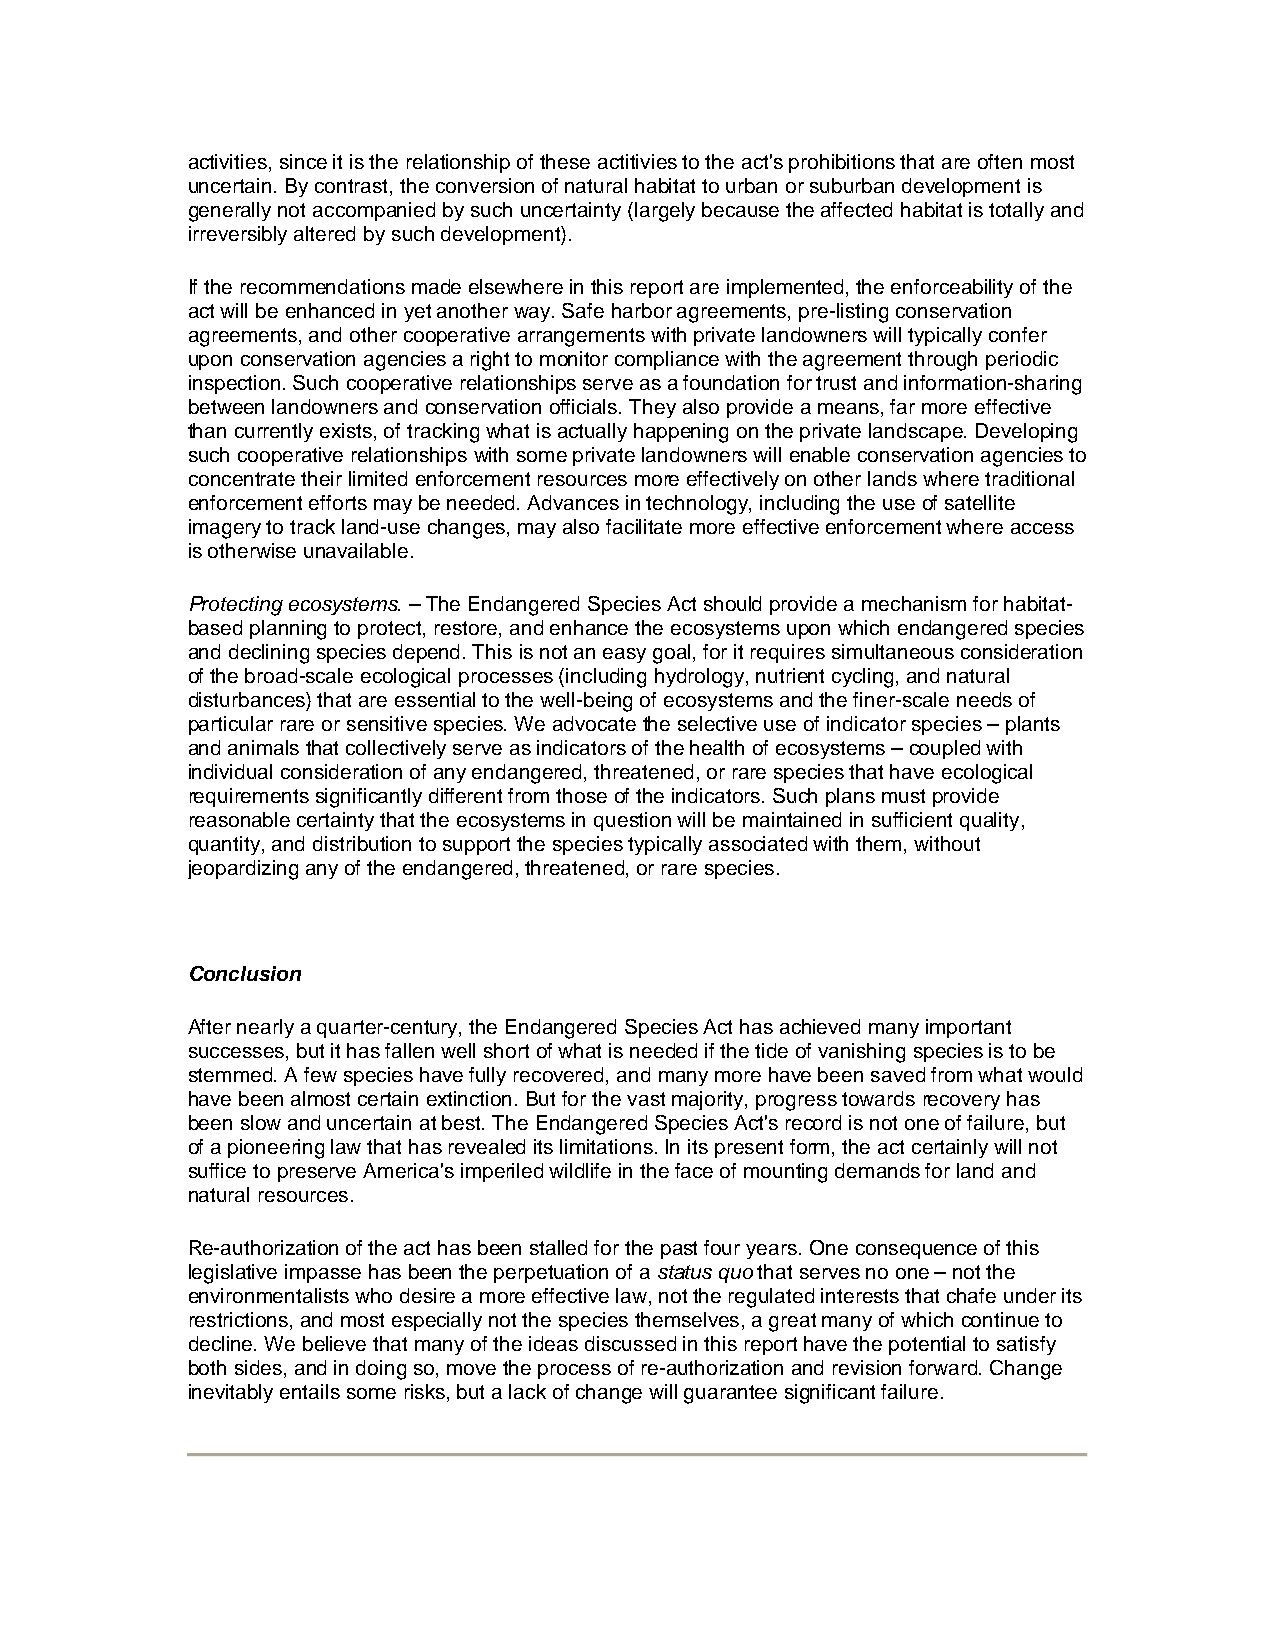
activities, since it is the relationship of these actitivies to the act's prohibitions that are often most
 uncertain. By contrast, the conversion of natural habitat to urban or suburban development is
 generally not accompanied by such uncertainty (largely because the affected habitat is totally and
 irreversibly altered by such development).
 If the recommendations made elsewhere in this report are implemented, the enforceability of the
 act will be enhanced in yet another way. Safe harbor agreements, pre-listing conservation
 agreements, and other cooperative arrangements with private landowners will typically confer
 upon conservation agencies a right to monitor compliance with the agreement through periodic
 inspection. Such cooperative relationships serve as a foundation for trust and information-sharing
 between landowners and conservation officials. They also provide a means, far more effective
 than currently exists, of tracking what is actually happening on the private landscape. Developing
 such cooperative relationships with some private landowners will enable conservation agencies to
 concentrate their limited enforcement resources more effectively on other lands where traditional
 enforcement efforts may be needed. Advances in technology, including the use of satellite
 imagery to track land-use changes, may also facilitate more effective enforcement where access
 is otherwise unavailable.
 Protecting ecosystems. – The Endangered Species Act should provide a mechanism for habitat-
 based planning to protect, restore, and enhance the ecosystems upon which endangered species
 and declining species depend. This is not an easy goal, for it requires simultaneous consideration
 of the broad-scale ecological processes (including hydrology, nutrient cycling, and natural
 disturbances) that are essential to the well-being of ecosystems and the finer-scale needs of
 particular rare or sensitive species. We advocate the selective use of indicator species – plants
 and animals that collectively serve as indicators of the health of ecosystems – coupled with
 individual consideration of any endangered, threatened, or rare species that have ecological
 requirements significantly different from those of the indicators. Such plans must provide
 reasonable certainty that the ecosystems in question will be maintained in sufficient quality,
 quantity, and distribution to support the species typically associated with them, without
 jeopardizing any of the endangered, threatened, or rare species.
 Conclusion
 After nearly a quarter-century, the Endangered Species Act has achieved many important
 successes, but it has fallen well short of what is needed if the tide of vanishing species is to be
 stemmed. A few species have fully recovered, and many more have been saved from what would
 have been almost certain extinction. But for the vast majority, progress towards recovery has
 been slow and uncertain at best. The Endangered Species Act's record is not one of failure, but
 of a pioneering law that has revealed its limitations. In its present form, the act certainly will not
 suffice to preserve America's imperiled wildlife in the face of mounting demands for land and
 natural resources.
 Re-authorization of the act has been stalled for the past four years. One consequence of this
 legislative impasse has been the perpetuation of a status quo that serves no one – not the
 environmentalists who desire a more effective law, not the regulated interests that chafe under its
 restrictions, and most especially not the species themselves, a great many of which continue to
 decline. We believe that many of the ideas discussed in this report have the potential to satisfy
 both sides, and in doing so, move the process of re-authorization and revision forward. Change
 inevitably entails some risks, but a lack of change will guarantee significant failure.